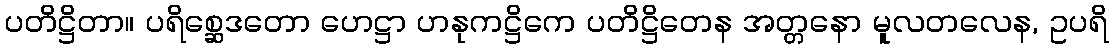
ပတိဋ္ဌိတာ။ ပရိစ္ဆေဒတော ဟေဋ္ဌာ ဟနုကဋ္ဌိကေ ပတိဋ္ဌိတေန အတ္တနော မူလတလေန, ဥပရိ